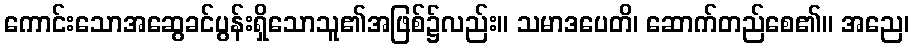
ကောင်းသောအဆွေခင်ပွန်းရှိသောသူ၏အဖြစ်၌လည်း။ သမာဒပေတိ၊ ဆောက်တည်စေ၏။ အညေ၊